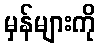
မှန်များကို